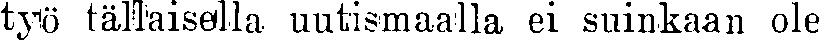
työ tällaisella uutismaalla ei suinkaan ole